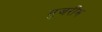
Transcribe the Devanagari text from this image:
मुजरीम